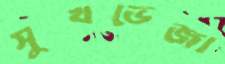
সুখভেজা